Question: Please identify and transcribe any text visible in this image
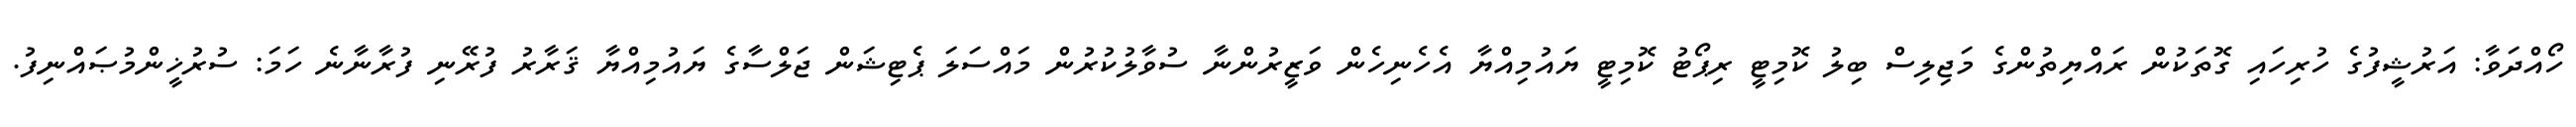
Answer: ހޯއްދަވާ: އަރުޝީފުގެ ހުރިހައި ގޮތަކުން ރައްޔިތުންގެ މަޖިލިސް ބިލު ކޮމިޓީ ރިޕޯޓު ކޮމިޓީ ޔައުމިއްޔާ އެހެނިހެން ވަޒީރުންނާ ސުވާލުކުރުން މައްސަލަ ޕެޓިޝަން ޖަލްސާގެ ޔައުމިއްޔާ ޤަރާރު ފުރޭނި ފުރާނާނެ ހަމަ: ސުރުޚީންމުޞައްނިފު.